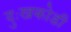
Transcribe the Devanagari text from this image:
दुःखकोडी